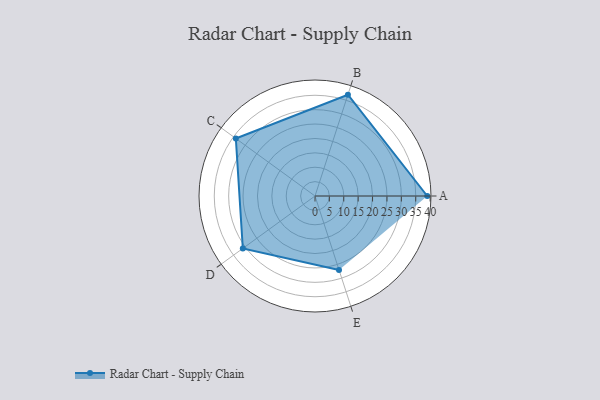
{"axis": {"x": "Skill", "y": "Score"}, "legend": ["Profile"], "data": [{"x": "A", "y": 39.0, "type": "Profile"}, {"x": "B", "y": 37.0, "type": "Profile"}, {"x": "C", "y": 34.0, "type": "Profile"}, {"x": "D", "y": 31.0, "type": "Profile"}, {"x": "E", "y": 27.0, "type": "Profile"}]}